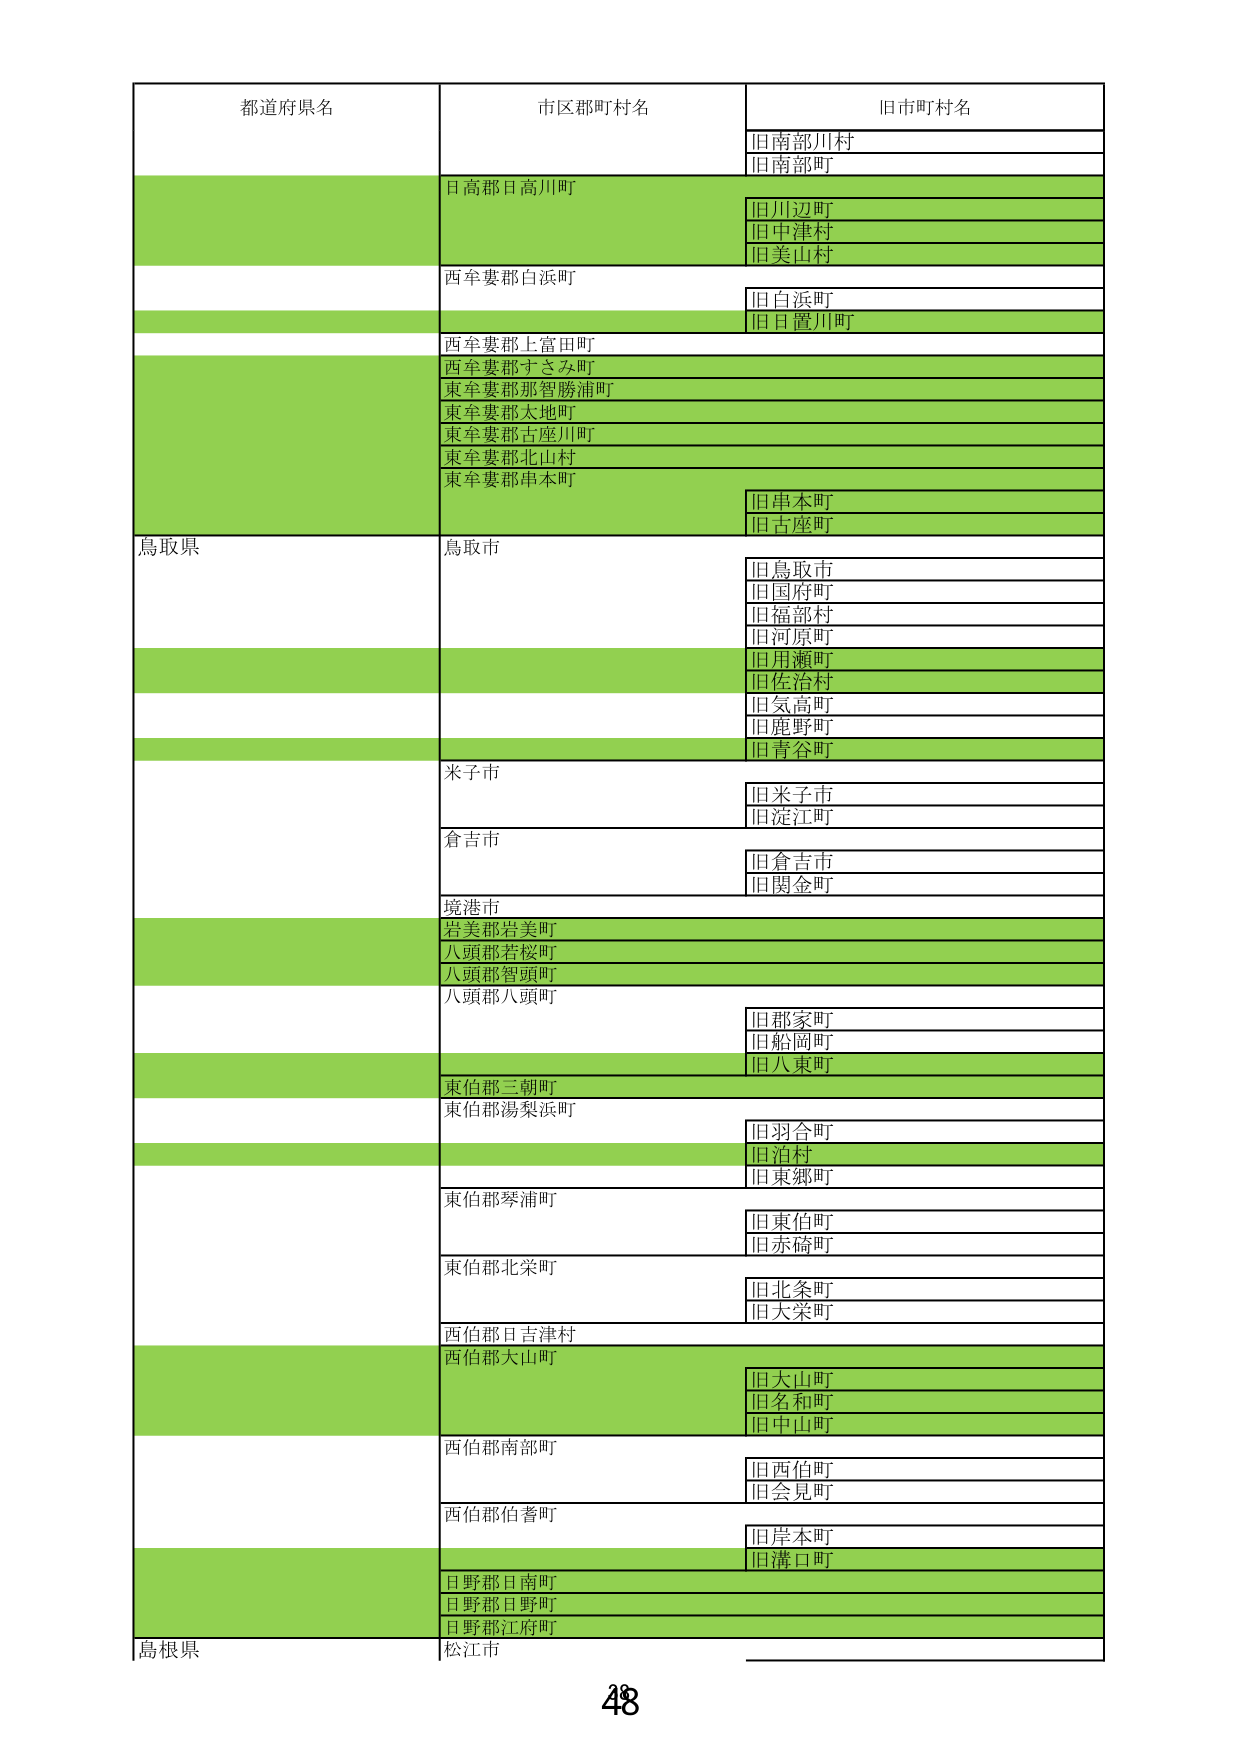
都道府県名
市区郡町村名
旧市町村名
旧南部川村
旧南部町
日高郡日高川町
旧川辺町
旧中津村
旧美山村
西牟婁郡白浜町
旧白浜町
旧目置川町
西牟婁郡上富田町
西牟婁郡すさみ町
東牟婁郡那智勝浦町
東牟婁郡太地町
東牟婁郡古座川町
東牟婁郡北山村
東牟婁郡串本町
旧串本町
旧古座町
鳥取県
鳥取市
旧鳥取市
旧国府町
旧福部村
旧河原町
旧用瀬町
旧佐治村
旧気高町
旧鹿野町
旧青谷町
米子市
旧米子市
旧淀江町
倉吉市
旧倉吉市
旧関金町
境港市
岩美郡岩美町
八頭郡若桜町
八頭郡智頭町
八頭郡八頭町
旧郡家町
旧船岡町
旧八東町
東伯郡三朝町
東伯郡湯梨浜町
旧羽合町
旧泊村
旧東郷町
東伯郡琴浦町
旧東伯町
旧赤碕町
東伯郡北栄町
旧北条町
旧大栄町
西伯郡日吉津村
西伯郡大山町
旧大山町
旧名和町
旧中山町
西伯郡南部町
旧西伯町
旧会見町
西伯郡伯耆町
旧岸本町
旧溝口町
日野郡日南町
日野郡日野町
日野郡江府町
島根県
松江市
48